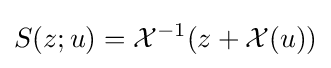
S(z;u)={\mathcal {X}}^{-1}(z+{\mathcal {X}}(u))